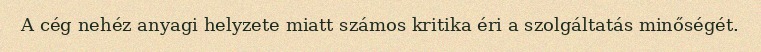
A cég nehéz anyagi helyzete miatt számos kritika éri a szolgáltatás minőségét.